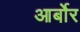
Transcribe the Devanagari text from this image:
आर्बोर